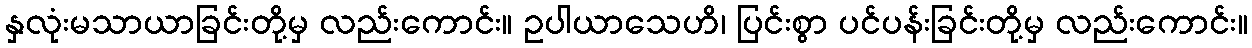
နှလုံးမသာယာခြင်းတို့မှ လည်းကောင်း။ ဥပါယာသေဟိ၊ ပြင်းစွာ ပင်ပန်းခြင်းတို့မှ လည်းကောင်း။